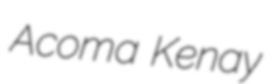
Acoma Kenay